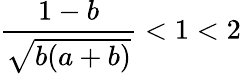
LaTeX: \frac{1-b}{\sqrt{b(a+b)}}<1<2